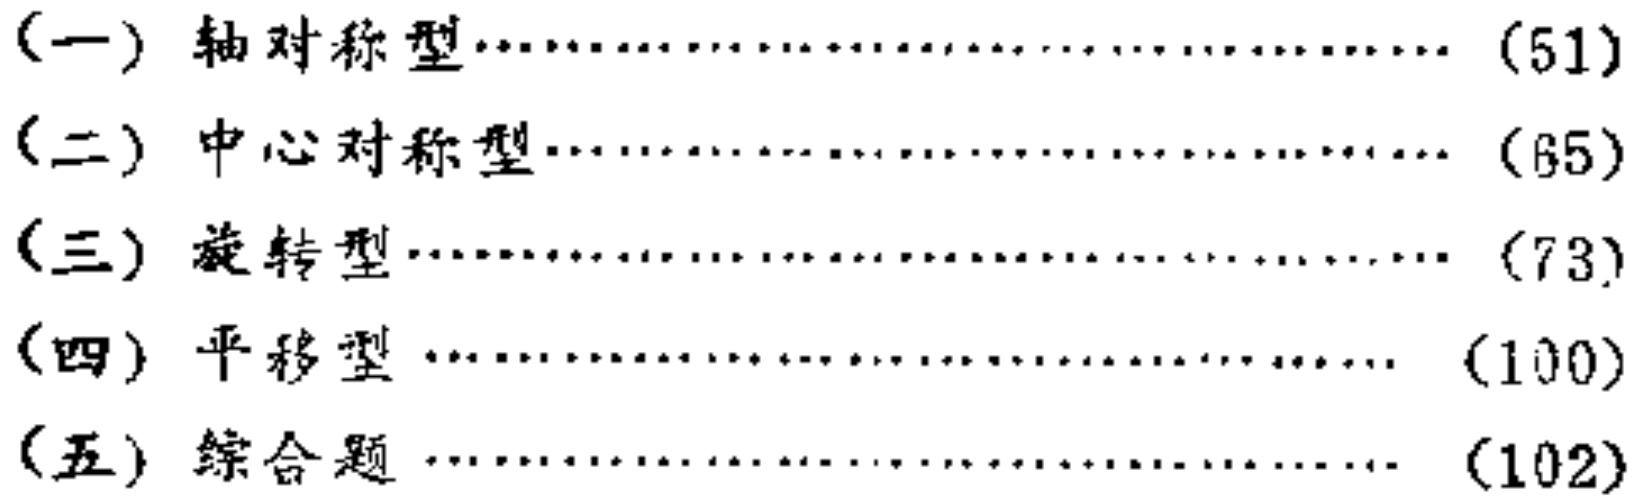
(一) 轴对称型\(\cdots\cdots\cdots\cdots\cdots\cdots\cdots\cdots\cdots\cdots\cdots\cdots\cdots\cdots\cdots\cdots\) (51)\\

(二) 中心对称型\(\cdots\cdots\cdots\cdots\cdots\cdots\cdots\cdots\cdots\cdots\cdots\cdots\cdots\cdots\cdots\) (65)\\

(三) 旋转型\(\cdots\cdots\cdots\cdots\cdots\cdots\cdots\cdots\cdots\cdots\cdots\cdots\cdots\cdots\cdots\cdots\cdots\) (73)\\

(四) 平移型\(\cdots\cdots\cdots\cdots\cdots\cdots\cdots\cdots\cdots\cdots\cdots\cdots\cdots\cdots\cdots\cdots\) (100)\\

(五) 综合题\(\cdots\cdots\cdots\cdots\cdots\cdots\cdots\cdots\cdots\cdots\cdots\cdots\cdots\cdots\cdots\cdots\cdots\) (102)